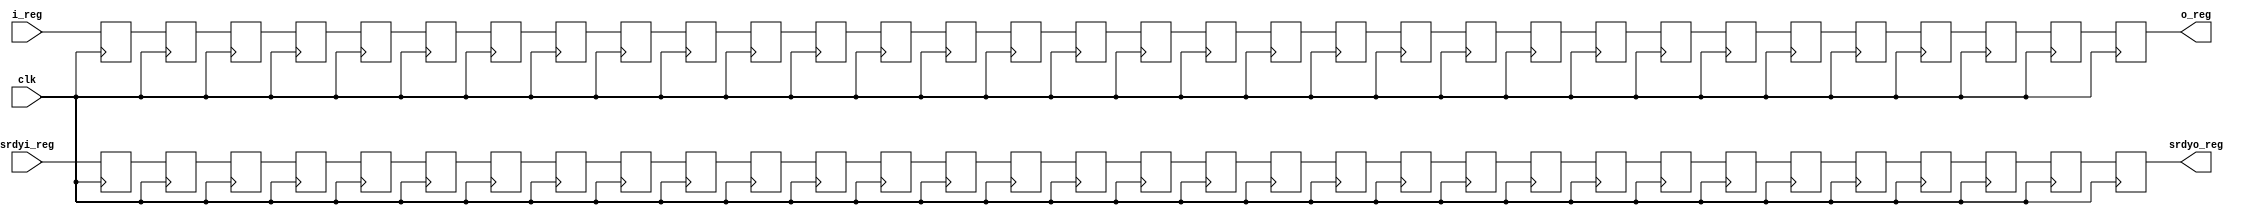
module reg_32(
	input clk,
	input [31:0] i_reg,
	input srdyi_reg,
	output srdyo_reg,
	output [31:0] o_reg
	);
	
	reg [31:0] r[0:31];
	reg en[0:31];

	always @(posedge clk) begin
		r[0] <= i_reg;
		r[1] <= r[0];
		r[2] <= r[1];
		r[3] <= r[2];
		r[4] <= r[3];
		r[5] <= r[4];
		r[6] <= r[5];
		r[7] <= r[6];
		r[8] <= r[7];
		r[9] <= r[8];
		r[10] <= r[9];
		r[11] <= r[10];
		r[12] <= r[11];
		r[13] <= r[12];
		r[14] <= r[13];
		r[15] <= r[14];
		r[16] <= r[15];
		r[17] <= r[16];
		r[18] <= r[17];
		r[19] <= r[18];
		r[20] <= r[19];
		r[21] <= r[20];
		r[22] <= r[21];
		r[23] <= r[22];
		r[24] <= r[23];
		r[25] <= r[24];
		r[26] <= r[25];
		r[27] <= r[26];
		r[28] <= r[27];
		r[29] <= r[28];
		r[30] <= r[29];
		r[31] <= r[30];


		en[0] <= srdyi_reg;
		en[1] <= en[0];
		en[2] <= en[1];
		en[3] <= en[2];
		en[4] <= en[3];
		en[5] <= en[4];
		en[6] <= en[5];
		en[7] <= en[6];
		en[8] <= en[7];
		en[9] <= en[8];
		en[10] <= en[9];
		en[11] <= en[10];
		en[12] <= en[11];
		en[13] <= en[12];
		en[14] <= en[13];
		en[15] <= en[14];
		en[16] <= en[15];
		en[17] <= en[16];
		en[18] <= en[17];
		en[19] <= en[18];
		en[20] <= en[19];
		en[21] <= en[20];
		en[22] <= en[21];
		en[23] <= en[22];
		en[24] <= en[23];
		en[25] <= en[24];
		en[26] <= en[25];
		en[27] <= en[26];
		en[28] <= en[27];
		en[29] <= en[28];
		en[30] <= en[29];
		en[31] <= en[30];

	end
	
	assign o_reg = r[31];
	assign srdyo_reg = en[31];
endmodule